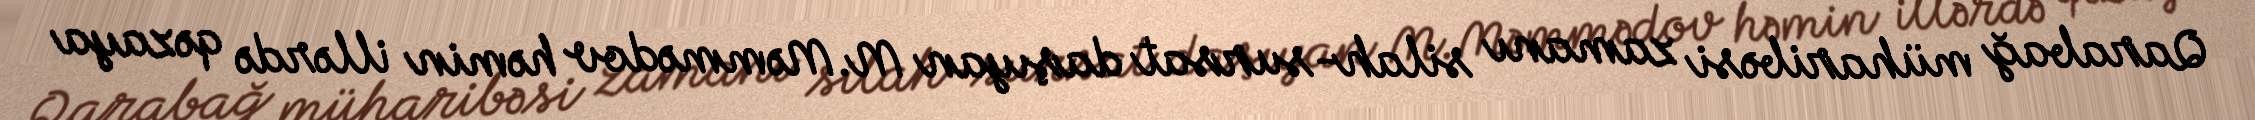
Qarabağ müharibəsi zamanı silah-sursat daşıyan M.Məmmədov həmin illərdə qəzaya